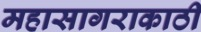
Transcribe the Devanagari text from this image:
महासागराकाठी